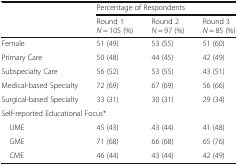
|  | <COLSPAN=3> Percentage of Respondents |
 |  | Round 1N = 105 (%) | Round 2N = 97 (%) | Round 3N = 85 (%) |
 | --- | --- | --- | --- |
 | Female | 51 (49) | 53 (55) | 51 (60) |
 | Primary Care | 50 (48) | 44 (45) | 42 (49) |
 | Subspecialty Care | 56 (52) | 53 (55) | 43 (51) |
 | Medical-based Specialty | 72 (69) | 67 (69) | 56 (66) |
 | Surgical-based Specialty | 33 (31) | 30 (31) | 29 (34) |
 | <COLSPAN=4> Self-reported Educational Focus* |
 | UME | 45 (43) | 43 (44) | 41 (48) |
 | GME | 71 (68) | 66 (68) | 65 (76) |
 | CME | 46 (44) | 43 (44) | 42 (49) |